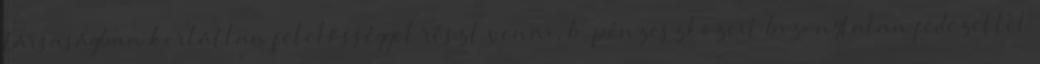
társaságban korlátlan felelősséggel részt venni, b. pénzeszközeit bizonytalan fedezettel